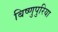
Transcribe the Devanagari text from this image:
बिष्णुपुरिया